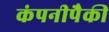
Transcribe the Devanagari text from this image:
कंपनीपैकी